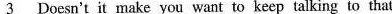
\underline{3 } Doesn't it make you want to keep talking to that